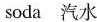
soda 汽水